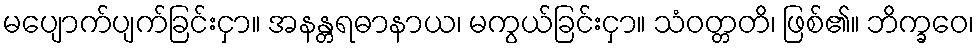
မပျောက်ပျက်ခြင်းငှာ။ အနန္တရဓာနာယ၊ မကွယ်ခြင်းငှာ။ သံဝတ္တတိ၊ ဖြစ်၏။ ဘိက္ခဝေ၊